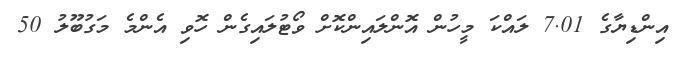
އިންޑިޔާގެ 7.01 ލައްކަ މީހުން އޮންލައިންކޮށް ވޯޓުލައިގެން ހޮވި އެންމެ މަގުބޫލު 50